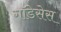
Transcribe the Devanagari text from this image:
गॉडेसेस